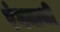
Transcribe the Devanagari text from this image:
रंगनाथी